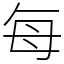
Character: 每